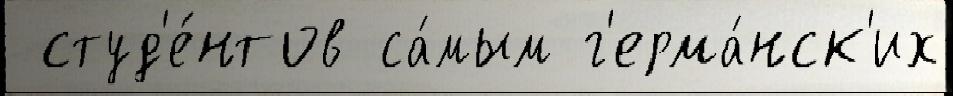
 студ'е́нтов са́мым г'ерма́нск'их